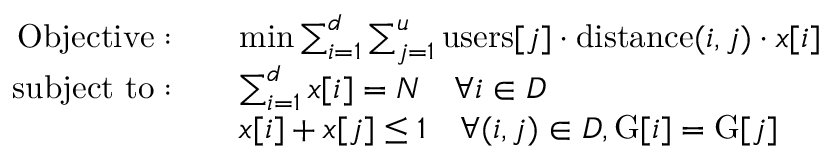
\begin{array} { r l } { \mathrm { O b j e c t i v e : } \quad } & { \operatorname* { m i n } \sum _ { i = 1 } ^ { d } \sum _ { j = 1 } ^ { u } \mathrm { u s e r s } [ j ] \cdot \mathrm { d i s t a n c e } ( i , j ) \cdot x [ i ] } \\ { \mathrm { s u b j e c t ~ t o : } \quad } & { \sum _ { i = 1 } ^ { d } x [ i ] = N \quad \forall i \in D } \\ & { x [ i ] + x [ j ] \leq 1 \quad \forall ( i , j ) \in D , \mathrm { G } [ i ] = \mathrm { G } [ j ] } \end{array}